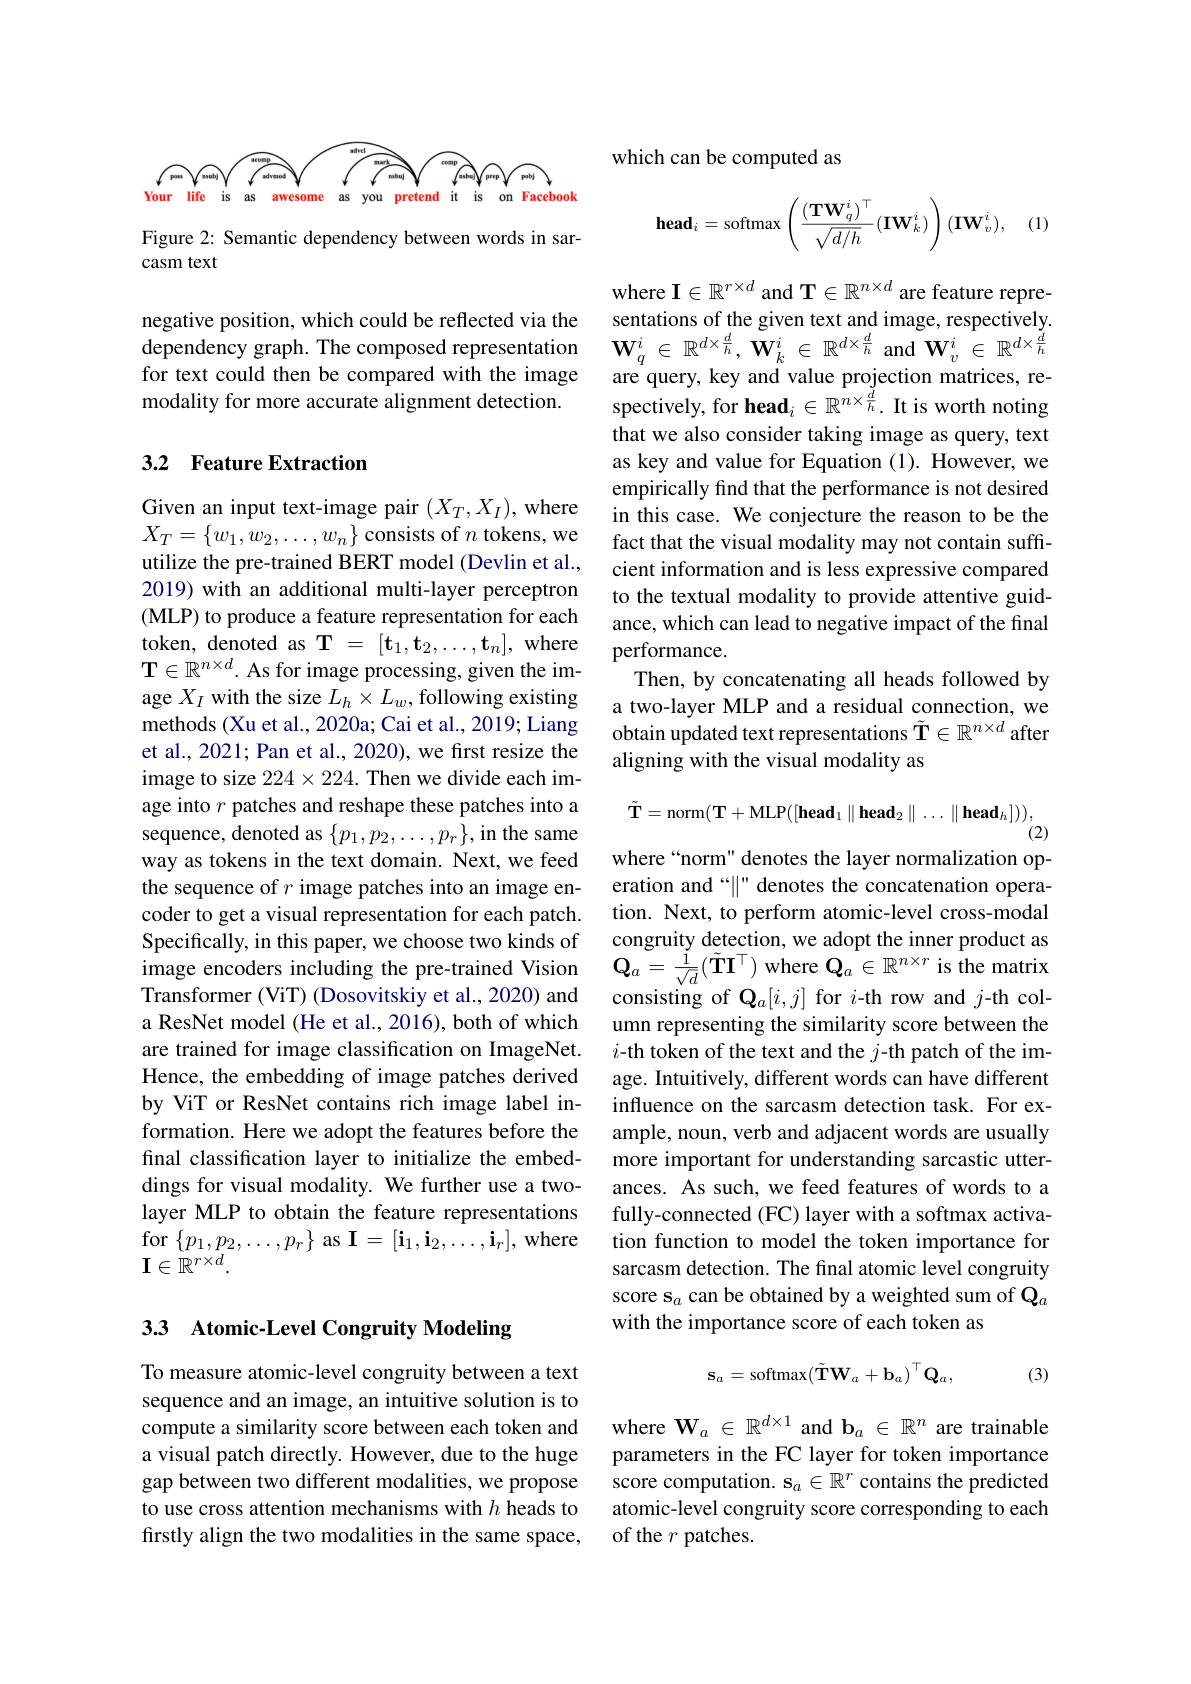
<FigureHere>

Figure 2: Semantic dependency between words in sar-
casm text

negative position, which could be reflected via the
dependency graph. The composed representation $\mathbf{W}_q^i\in\mathbb{R}^{d\times\frac dh},\tilde{\mathbf{W}}_k^i\in\mathbb{R}^{d\times\frac dh}$ and $\mathbf{W}_v^i\in\mathbb{R}^{d\times\frac dh}$
for text could then be compared with the image modality for more accurate alignment detection.

## 3.2 Feature Extraction

Given an input text-image pair $(X_T,X_I)$,where $X_T=\{w_1,w_2,\ldots,w_n\}$ consists of $n$ tokens, we utilize the pre-trained BERT model (Devlin et al., 2019) with an additional multi-layer perceptron (MLP) to produce a feature representation for each token, denoted as $\mathbf{T}=[\mathbf{t}_1,\mathbf{t}_2,\ldots,\mathbf{t}_n]$, where $\mathbf{T}\in\mathbb{R}^{n\times d}$. As for image processing, given the image $X_I$ with the size $L_h\times L_w$,following existing methods (Xu et al., 2020a; Cai et al., 2019; Liang et al., 2021; Pan et al., 2020), we first resize the image to size $224\times224.$ Then we divide each image into $r$ patches and reshape these patches into a sequence, denoted as $\{p_1,p_2,\ldots,p_r\}$,in the same way as tokens in the text domain. Next, we feed the sequence of $r$ image patches into an image encoder to get a visual representation for each patch. Specifically, in this paper, we choose two kinds of image encoders including the pre-trained Vision Transformer (ViT) (Dosovitskiy et al., 2020) and a ResNet model (He et al., 2016), both of which are trained for image classification on ImageNet. Hence, the embedding of image patches derived by ViT or ResNet contains rich image label information. Here we adopt the features before the final classification layer to initialize the embeddings for visual modality. We further use a twolayer MLP to obtain the feature representations for$\left \{ p_{1}, p_{2}, \ldots , p_{r}\right \}$as$\mathbf{I}=[\mathbf{i}_{1},\mathbf{i}_{2},\ldots,\mathbf{i}_{r}]$,where $\mathbf{I}\in\mathbb{R}^{r\times d}.$

## 33 Atomic-Level Congruity Modeling

To measure atomic-level congruity between a text sequence and an image, an intuitive solution is to compute a similarity score between each token and a visual patch directly. However, due to the huge gap between two different modalities, we propose to use cross attention mechanisms with heads to firstly align the two modalities in the same space,

which can be computed as
$$\textbf{head}_i=\text{softmax}\left(\frac{(\textbf{TW}_q^i)^\top}{\sqrt{d/h}}(\textbf{IW}_k^i)\right)(\textbf{IW}_v^i),$$
(1,

where $\mathbf{I}\in\mathbb{R}^{r\times d}$ and T$\in\mathbb{R}^n\times d$ are feature representations of the given text and image, respectively. are query, key and value projection matrices, respectively, for head$_i\in\mathbb{R}^{n\times\frac{\tilde{d}}{\hbar}}.$ It is worth noting that we also consider taking image as query, text as key and value for Equation (1). However, we empirically find that the performance is not desired in this case. We conjecture the reason to be the fact that the visual modality may not contain sufficient information and is less expressive compared to the textual modality to provide attentive guidance, which can lead to negative impact of the final performance.
Then, by concatenating all heads followed by a two-layer MLP and a residual connection, we obtain updated text representations $\tilde{\mathbf{T}}\in\mathbb{R}^{n\times d}$ after aligning with the visual modality as
$$\tilde{\mathbf{T}}=\mathrm{norm}(\mathbf{T}+\mathrm{MLP}([\mathbf{head}_1\parallel\mathbf{head}_2\parallel\ldots\parallel\mathbf{head}_h])),$$
where“norm” denotes the layer normalization op-

eration and “$\|$” denotes the concatenation operation. Next, to perform atomic-level cross-modal congruity detection, we adopt the inner product as $\mathbf{Q}_{a}=\frac{\dot{1}}{\sqrt{d}}(\tilde{\mathbf{T}}\mathbf{I}^{\top})$ where $\mathbf{Q}_{a}\in\mathbb{R}^{n\times r}$ is the matrix consisting of $\mathbf{Q}_a[i,j]$ for $i$-th row and $j$-th column representing the similarity score between the $i\textbf{- th token of the text and the }j$- th patch of the im- age. Intuitively, different words can have different influence on the sarcasm detection task. For example, noun, verb and adjacent words are usually more important for understanding sarcastic utterances. As such, we feed features of words to a fully-connected (FC) layer with a softmax activation function to model the token importance for sarcasm detection. The final atomic level congruity score s$_a$ can be obtained by a weighted sum of Q$_a$ with the importance score of each token as
$$\mathbf{s}_{a}=\mathrm{softmax}(\tilde{\mathbf{T}}\mathbf{W}_{a}+\mathbf{b}_{a})^{\top}\mathbf{Q}_{a},$$
(3)

where $\mathbf{W}_a\in\mathbb{R}^{d\times1}$ and b$_a\in\mathbb{R}^n$ are trainable parameters in the FC layer for token importance score computation. $\mathbf{s}_a\in\mathbb{R}^r$ contains the predicted atomic-level congruity score corresponding to each of the $r$ patches.